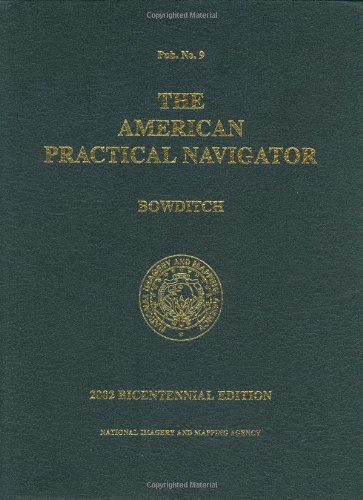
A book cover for The American Practical Navigator: Bowditch; NIMA; Engineering & Transportation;